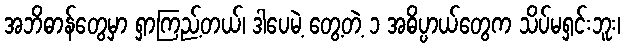
အဘိဓာန်တွေမှာ ရှာကြည့်တယ်၊ ဒါပေမဲ့ တွေ့တဲ့ ၁ အဓိပ္ပာယ်တွေက သိပ်မရှင်းဘူး၊